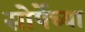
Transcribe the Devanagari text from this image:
सोर्पेच्या